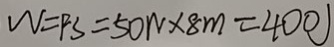
W = F S = 5 0 W \times 8 m = 4 0 0 )